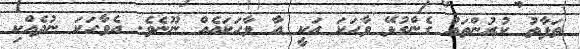
ތަފާތު ކުރުންތައް ގެންގުޅޭ ވާހަކަ އަކީ އާ ވާހަކައެއް ނޫނެވެ. އެވާހަކަ ނުދެއްކި